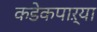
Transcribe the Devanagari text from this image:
कडेकपाऱ्या